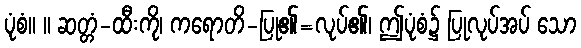
ပုံစံ။ ။ ဆတ္တံ-ထီးကို၊ ကရောတိ-ပြု၏=လုပ်၏၊ ဤပုံစံ၌ ပြုလုပ်အပ် သော